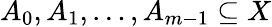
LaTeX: A_{0},A_{1},\dots,A_{m-1}\subseteq X